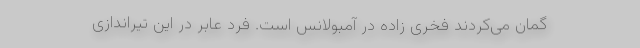
گمان می‌کردند فخری زاده در آمبولانس است. فرد عابر در این تیراندازی